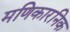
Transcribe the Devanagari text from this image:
मणिकारनिक